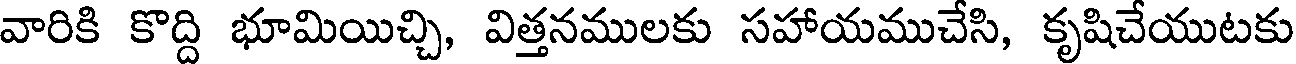
వారికి కొద్ది భూమియిచ్చి, విత్తనములకు సహాయముచేసి, కృషిచేయుటకు